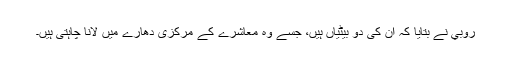
روبي نے بتایا کہ ان کی دو بیٹیاں ہیں، جسے وہ معاشرے کے مرکزی دھارے میں لانا چاہتی ہیں۔